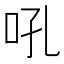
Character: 吼